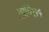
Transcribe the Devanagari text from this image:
आणि११